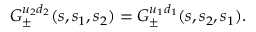
{ \cal G } _ { \pm } ^ { u _ { 2 } d _ { 2 } } ( s , s _ { 1 } , s _ { 2 } ) = { \cal G } _ { \pm } ^ { u _ { 1 } d _ { 1 } } ( s , s _ { 2 } , s _ { 1 } ) .